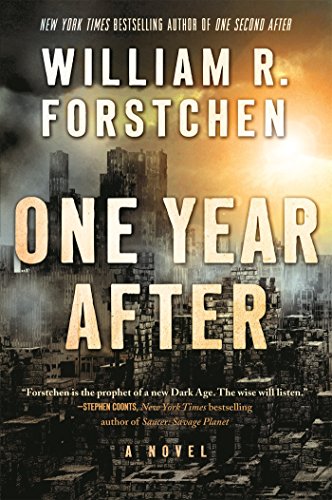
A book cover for One Year After: A Novel; William R. Forstchen; Mystery, Thriller & Suspense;